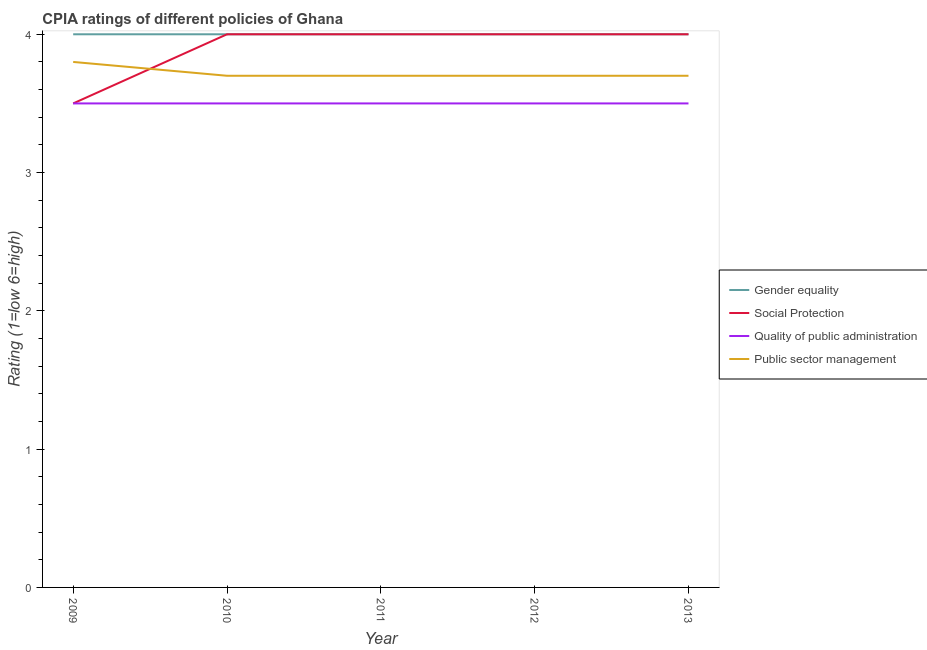
| Year | Gender equality | Social Protection | Quality of public administration | Public sector management |
 | --- | --- | --- | --- | --- |
 | 2009 | 4 | 3.5 | 3.5 | 3.8 |
 | 2010 | 4 | 4 | 3.5 | 3.7 |
 | 2011 | 4 | 4 | 3.5 | 3.7 |
 | 2012 | 4 | 4 | 3.5 | 3.7 |
 | 2013 | 4 | 4 | 3.5 | 3.7 |